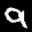
Label: 9